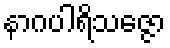
နာဂပါရိသဇ္ဇော